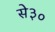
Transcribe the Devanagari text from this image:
से३०